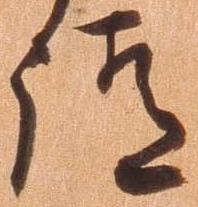
請